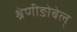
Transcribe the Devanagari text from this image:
श्रेणीङोबेल्